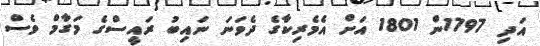
އަދި 1797ން 1801 އަށް އެމެރިކާގެ ދެވަނަ ނައިބު ރައީސްގެ މަގާމް ވެސް